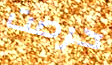
حرصت